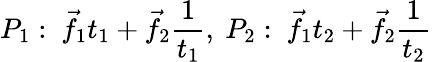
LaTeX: P_{1}:\ {\vec{f}}_{1}t_{1}+{\vec{f}}_{2}{\frac{1}{t_{1}}},\ P_{2}:\ {\vec{f}}_{1}t_{2}+{\vec{f}}_{2}{\frac{1}{t_{2}}}